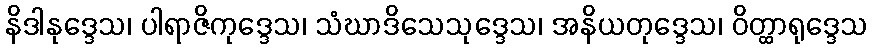
နိဒါနုဒ္ဒေသ၊ ပါရာဇိကုဒ္ဒေသ၊ သံဃာဒိသေသုဒ္ဒေသ၊ အနိယတုဒ္ဒေသ၊ ဝိတ္ထာရုဒ္ဒေသ